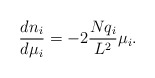
\begin{align*}\frac{d n_i}{d \mu_i} = - 2 \frac{N q_i}{L^2} \mu_i.\end{align*}